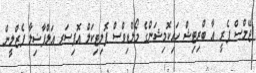
ޖޭމްސް ޕެރީ އާ ބްރިޓިޝް ހައިކޮމިޝަންގެ މޯލްޑިވްސް ޕޮލިޓިކަލް އޮފިސަރ އަލްފާޟިލާ ފެޒްލީން